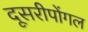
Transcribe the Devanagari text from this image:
दूसरीपोंगल